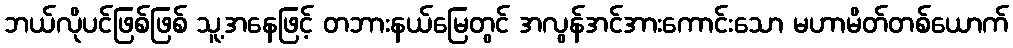
ဘယ်လိုပင်ဖြစ်ဖြစ် သူ့အနေဖြင့် တဘားနယ်မြေတွင် အလွန်အင်အားကောင်းသော မဟာမိတ်တစ်ယောက်